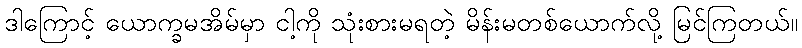
ဒါကြောင့် ယောက္ခမအိမ်မှာ ငါ့ကို သုံးစားမရတဲ့ မိန်းမတစ်ယောက်လို့ မြင်ကြတယ်။